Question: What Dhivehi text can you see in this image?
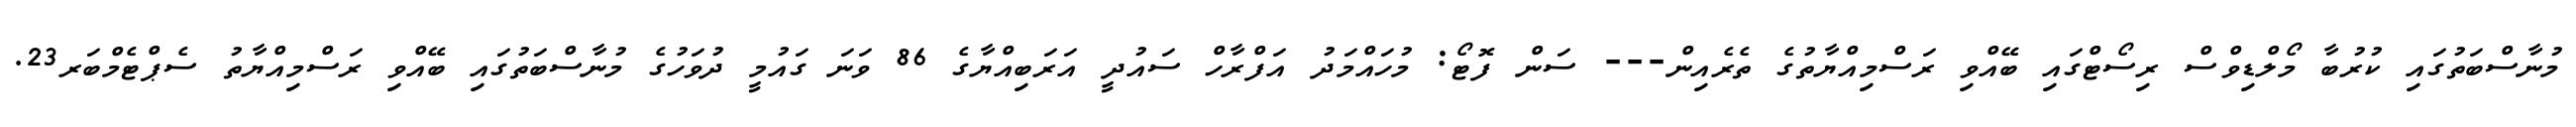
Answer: މުނާސްބަތުގައި ކުރުބާ މޯލްޑިވްސް ރިސޯޓްގައި ބޭއްވި ރަސްމިއްޔާތުގެ ތެރެއިން--- ސަން ފޮޓޯ: މުހައްމަދު އަފްރާހް ސައުދީ އަރަބިއްޔާގެ 86 ވަނަ ގައުމީ ދުވަހުގެ މުނާސްބަތުގައި ބޭއްވި ރަސްމިއްޔާތު ސެޕްޓެމްބަރ23.